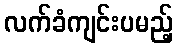
လက်ခံကျင်းပမည့်